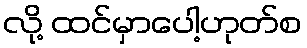
လို့ ထင်မှာပေါ့ဟုတ်စ